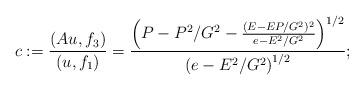
LaTeX: \begin{align*}c:=\frac{(Au,f_3)}{(u,f_1)}=\frac{\left(P-P^2/G^2-\frac{(E-EP/G^2)^2}{e-E^2/G^2}\right)^{1/2}}{\left(e-E^2/G^2\right)^{1/2}};\end{align*}